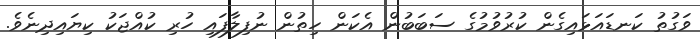
ވަގުތު ކަނޑައަޅައިގެން ކުރުވުމުގެ ސަބަބުން އެކަން ހިތުން ނުފިލާފައި ހުރި ކުއްޖަކު ކިޔައިދިނެވެ.